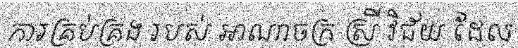
ការគ្រប់គ្រង របស់ អាណាចក្រ ស្រី វិជ័យ ដែល